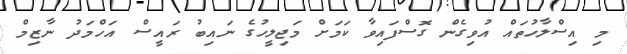
މި އިސްލާހުތައް އުވިގެން ގޮސްފައިވާ ކަމަށް މަޖިލީހުގެ ނައިބު ރައީސް އަހްމަދު ނާޒިމް